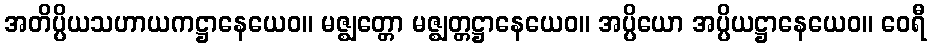
အတိပ္ပိယသဟာယကဋ္ဌာနေယေဝ။ မဇ္ဈတ္တော မဇ္ဈတ္တဋ္ဌာနေယေဝ။ အပ္ပိယော အပ္ပိယဋ္ဌာနေယေဝ။ ဝေရီ